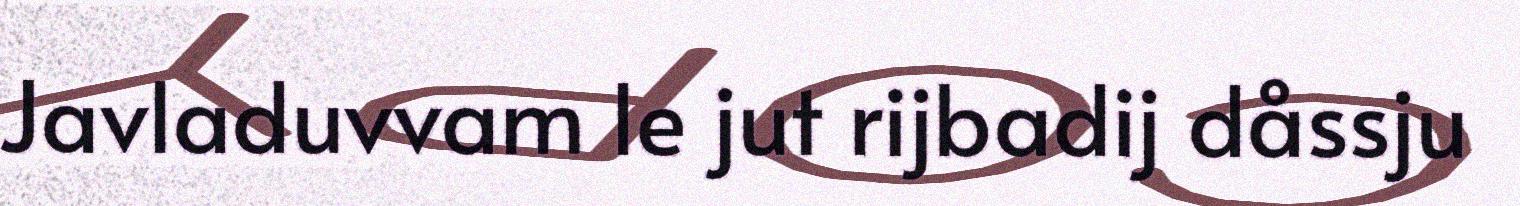
Javladuvvam le jut rijbadij dåssju